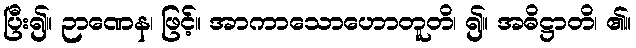
ပြီး၍။ ဉာဏေန၊ ဖြင့်။ အာကာသောဟောတူတိ၊ ၍။ အဓိဋ္ဌာတိ၊ ၏။